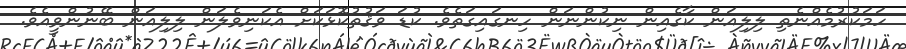
ހަމަކުރުމެއްނެތި ލިލިއަން ކާގެއިން ނިކުންނަން ހިނގައިގަތެވެ. ކުޑަ ވަޤުތުކޮޅަކަށް އެކަނިވެލަން ލިލިއަން ބޭނުންވީއެވެ.